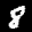
Label: 8